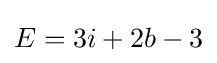
E=3i+2b-3